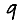
Digit: 9